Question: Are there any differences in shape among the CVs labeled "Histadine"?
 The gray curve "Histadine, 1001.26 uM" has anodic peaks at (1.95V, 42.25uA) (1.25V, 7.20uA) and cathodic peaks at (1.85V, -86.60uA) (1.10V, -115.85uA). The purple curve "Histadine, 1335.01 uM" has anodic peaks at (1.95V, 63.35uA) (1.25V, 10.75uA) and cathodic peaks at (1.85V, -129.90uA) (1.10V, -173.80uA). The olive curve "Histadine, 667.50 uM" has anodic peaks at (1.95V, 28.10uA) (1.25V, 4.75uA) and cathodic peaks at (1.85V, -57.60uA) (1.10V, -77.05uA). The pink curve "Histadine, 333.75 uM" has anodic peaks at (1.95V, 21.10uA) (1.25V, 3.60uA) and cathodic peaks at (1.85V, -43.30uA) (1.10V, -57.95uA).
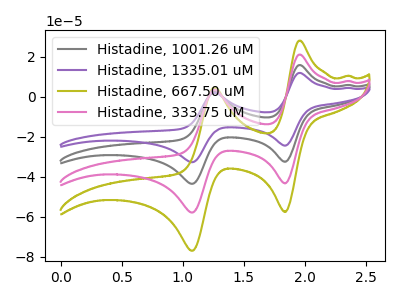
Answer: <think>All the peaks in "Histadine, 1001.26 uM" have a peak in "Histadine, 1335.01 uM" at the same potential. Every peak in "Histadine, 1001.26 uM" is lower than every peak in "Histadine, 1335.01 uM". All the peaks in "Histadine, 1001.26 uM" have a peak in "Histadine, 667.50 uM" at the same potential. Every peak in "Histadine, 1001.26 uM" is higher than every peak in "Histadine, 667.50 uM". All the peaks in "Histadine, 1001.26 uM" have a peak in "Histadine, 333.75 uM" at the same potential. Every peak in "Histadine, 1001.26 uM" is higher than every peak in "Histadine, 333.75 uM". All the peaks in "Histadine, 1335.01 uM" have a peak in "Histadine, 667.50 uM" at the same potential. Every peak in "Histadine, 1335.01 uM" is higher than every peak in "Histadine, 667.50 uM". All the peaks in "Histadine, 1335.01 uM" have a peak in "Histadine, 333.75 uM" at the same potential. Every peak in "Histadine, 1335.01 uM" is higher than every peak in "Histadine, 333.75 uM". All the peaks in "Histadine, 667.50 uM" have a peak in "Histadine, 333.75 uM" at the same potential. Every peak in "Histadine, 667.50 uM" is higher than every peak in "Histadine, 333.75 uM".
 </think>
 <answer>All the CV's of "Histadine" have similar shape.</answer>
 <eval>follow_rule</eval>